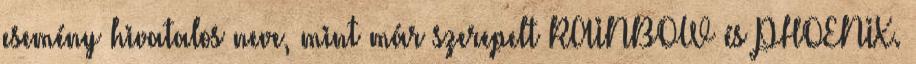
esemény hivatalos neve, mint már szerepelt RAINBOW és PHOENIX.